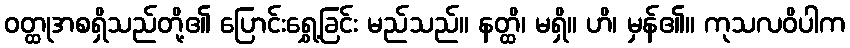
ဝတ္ထုအစရှိသည်တို့၏ ပြောင်းရွှေ့ခြင်း မည်သည်။ နတ္ထိ၊ မရှိ။ ဟိ၊ မှန်၏။ ကုသလဝိပါက